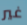
غير